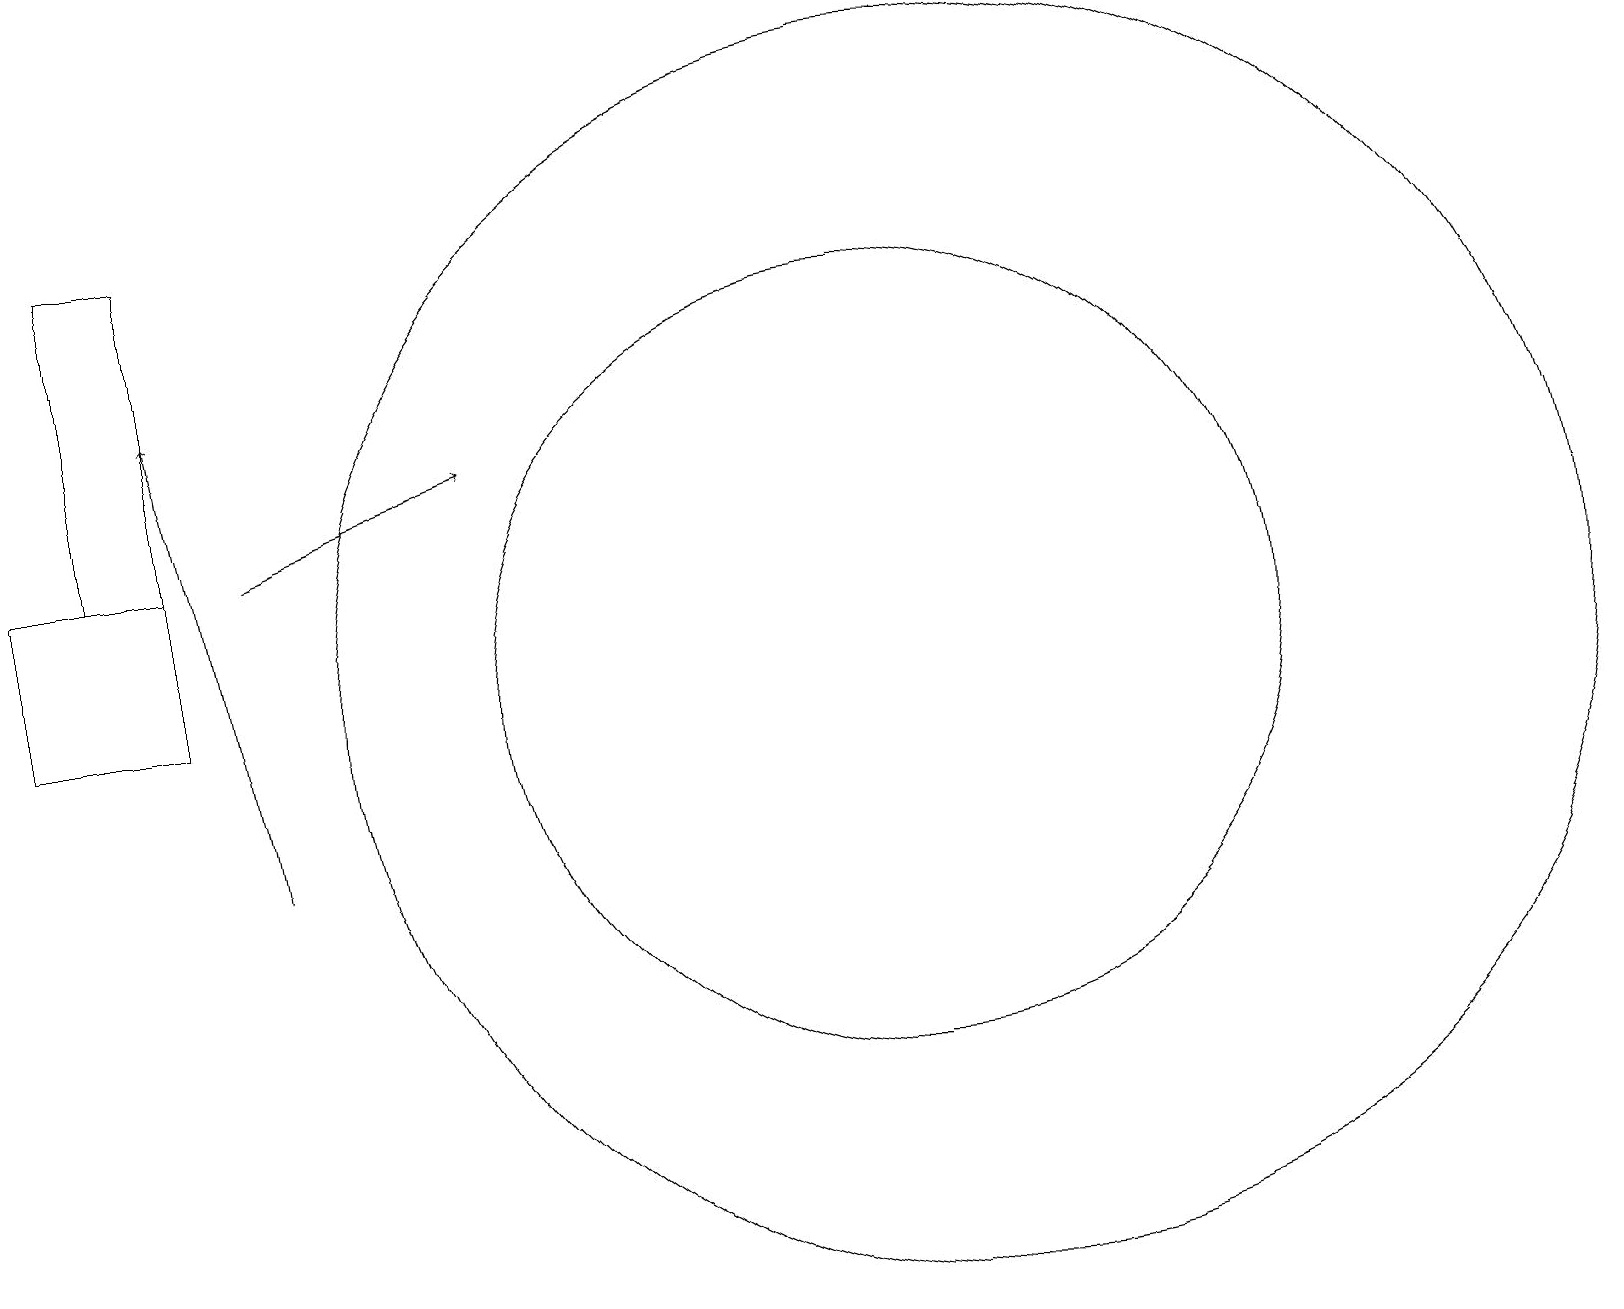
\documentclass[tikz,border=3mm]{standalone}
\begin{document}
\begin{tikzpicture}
\draw (11,12) circle (5);
\draw[->] (3,14) -- (6,15);
\draw[->] (3,10) -- (2,16);
\draw (2,14) rectangle (0,12);
\draw (2,14) rectangle (1,18);
\draw (12,12) circle (8);
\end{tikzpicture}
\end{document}